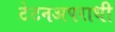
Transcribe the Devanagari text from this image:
टेटनअपराधी